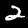
Digit: 2